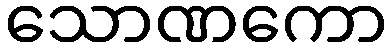
သောဏကော